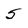
Character: 5